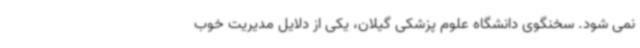
نمی شود. سخنگوی دانشگاه علوم پزشکی گیلان، یکی از دلایل مدیریت خوب